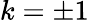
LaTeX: k=\pm 1